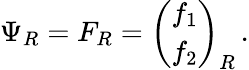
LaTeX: \Psi_{R}=F_{R}={\binom{f_{1}}{f_{2}}}_{R}\, .